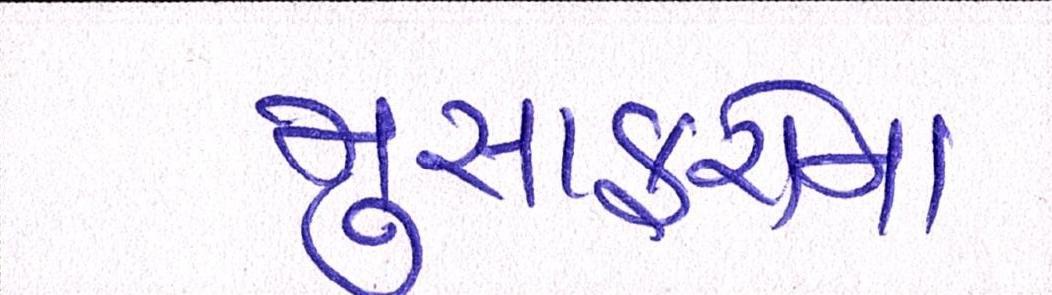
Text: મુસાફરોના